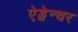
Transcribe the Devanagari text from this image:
ऐड्वेन्चर